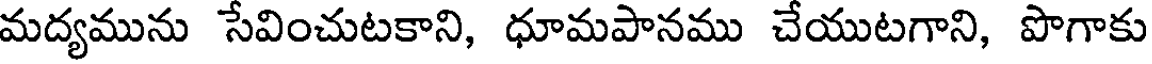
మద్యమును సేవించుటకాని, ధూమపానము చేయుటగాని, పొగాకు